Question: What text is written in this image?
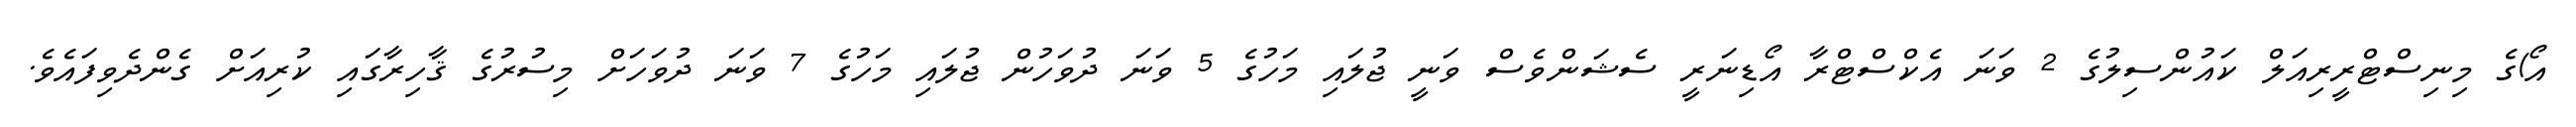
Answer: އޯ)ގެ މިނިސްޓްރީރިއަލް ކައުންސިލުގެ 2 ވަނަ އެކްސްޓްރާ އޯޑިނަރީ ސެޝަންވެސް ވަނީ ޖުލައި މަހުގެ 5 ވަނަ ދުވަހުން ޖުލައި މަހުގެ 7 ވަނަ ދުވަހަށް މިސުރުގެ ޤާހިރާގައި ކުރިއަށް ގެންދެވިފައެވެ.